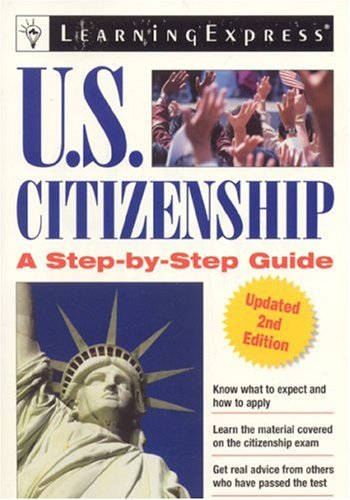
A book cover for US Citizenship (U.S. Citizenship: A Step-By-Step Guide); LearningExpress Editors; Test Preparation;